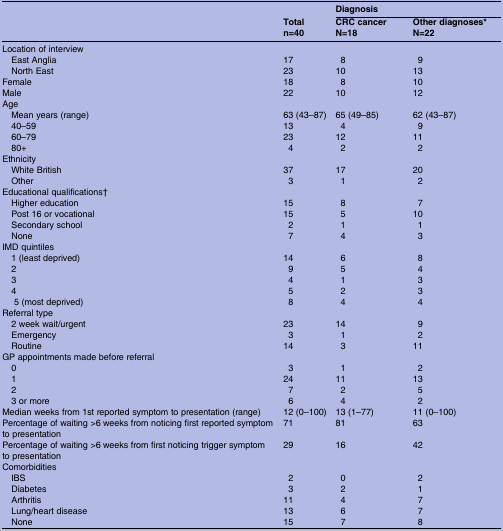
<table><thead><tr><td><b> </b></td><td></td><td colspan="2"><b>Diagnosis</b></td></tr><tr><td></td><td><b>Totaln=40</b></td><td><b>CRC cancer N=18</b></td><td><b>Other diagnoses* N=22</b></td></tr></thead><tbody><tr><td colspan="4">Location of interview</td></tr><tr><td> East Anglia</td><td>17</td><td>8</td><td>9</td></tr><tr><td> North East</td><td>23</td><td>10</td><td>13</td></tr><tr><td>Female</td><td>18</td><td>8</td><td>10</td></tr><tr><td>Male</td><td>22</td><td>10</td><td>12</td></tr><tr><td colspan="4">Age</td></tr><tr><td> Mean years (range)</td><td>63 (43–87)</td><td>65 (49–85)</td><td>62 (43–87)</td></tr><tr><td> 40–59</td><td>13</td><td>4</td><td>9</td></tr><tr><td> 60–79</td><td>23</td><td>12</td><td>11</td></tr><tr><td> 80+</td><td>4</td><td>2</td><td>2</td></tr><tr><td colspan="4">Ethnicity</td></tr><tr><td> White British</td><td>37</td><td>17</td><td>20</td></tr><tr><td> Other</td><td>3</td><td>1</td><td>2</td></tr><tr><td colspan="4">Educational qualifications†</td></tr><tr><td> Higher education</td><td>15</td><td>8</td><td>7</td></tr><tr><td> Post 16 or vocational</td><td>15</td><td>5</td><td>10</td></tr><tr><td> Secondary school</td><td>2</td><td>1</td><td>1</td></tr><tr><td> None</td><td>7</td><td>4</td><td>3</td></tr><tr><td colspan="4">IMD quintiles</td></tr><tr><td>1 (least deprived)</td><td>14</td><td>6</td><td>8</td></tr><tr><td> 2</td><td>9</td><td>5</td><td>4</td></tr><tr><td> 3</td><td>4</td><td>1</td><td>3</td></tr><tr><td> 4</td><td>5</td><td>2</td><td>3</td></tr><tr><td>5 (most deprived)</td><td>8</td><td>4</td><td>4</td></tr><tr><td colspan="4">Referral type</td></tr><tr><td> 2 week wait/urgent</td><td>23</td><td>14</td><td>9</td></tr><tr><td> Emergency</td><td>3</td><td>1</td><td>2</td></tr><tr><td> Routine</td><td>14</td><td>3</td><td>11</td></tr><tr><td colspan="4">GP appointments made before referral</td></tr><tr><td> 0</td><td>3</td><td>1</td><td>2</td></tr><tr><td> 1</td><td>24</td><td>11</td><td>13</td></tr><tr><td> 2</td><td>7</td><td>2</td><td>5</td></tr><tr><td> 3 or more</td><td>6</td><td>4</td><td>2</td></tr><tr><td>Median weeks from 1st reported symptom to presentation (range)</td><td>12 (0–100)</td><td>13 (1–77)</td><td>11 (0–100)</td></tr><tr><td>Percentage of waiting &gt;6 weeks from noticing first reported symptom to presentation</td><td>71</td><td>81</td><td>63</td></tr><tr><td>Percentage of waiting &gt;6 weeks from first noticing trigger symptom to presentation</td><td>29</td><td>16</td><td>42</td></tr><tr><td colspan="4">Comorbidities</td></tr><tr><td> IBS</td><td>2</td><td>0</td><td>2</td></tr><tr><td> Diabetes</td><td>3</td><td>2</td><td>1</td></tr><tr><td> Arthritis</td><td>11</td><td>4</td><td>7</td></tr><tr><td> Lung/heart disease</td><td>13</td><td>6</td><td>7</td></tr><tr><td> None</td><td>15</td><td>7</td><td>8</td></tr></tbody></table>